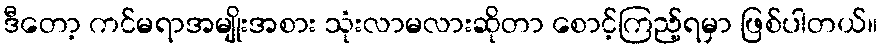
ဒီတော့ ကင်မရာအမျိုးအစား သုံးလာမလားဆိုတာ စောင့်ကြည့်ရမှာ ဖြစ်ပါတယ်။